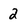
Character: 2